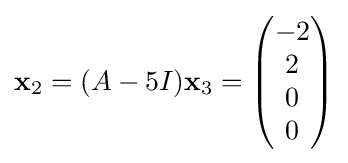
\mathbf {x} _{2}=(A-5I)\mathbf {x} _{3}={\begin{pmatrix}-2\\2\\0\\0\end{pmatrix}}